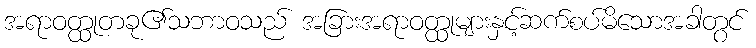
အရာဝတ္ထုတခု၏သဘာဝသည် အခြားအရာဝတ္ထုများနှင့်ဆက်စပ်မိသောအခါတွင်